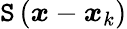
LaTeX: \mathtt{S}\left(\boldsymbol{x}-\boldsymbol{x}_{k}\right)